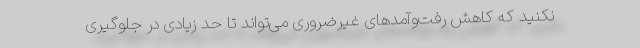
نکنید که کاهش رفت‌وآمدهای غیرضروری می‌‌تواند تا حد زیادی در جلوگیری